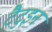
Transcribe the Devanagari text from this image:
टैटुइन